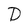
Character: D